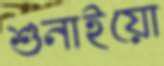
শুনাইয়ো